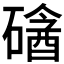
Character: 𥕼